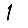
Digit: 1